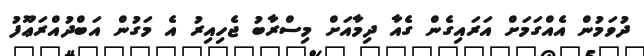
ދުވަމުން އެއްގަމަށް އަރައިގެން ގެއާ ދިމާއަށް މިސްރާބު ޖެހިއިރު އެ މަގުން އަބްދުއްރަޢޫފު